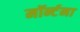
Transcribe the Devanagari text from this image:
मॉर्न्टना